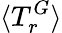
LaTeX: \langle T_{r}^{G}\rangle